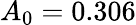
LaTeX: A_{0}=0.306